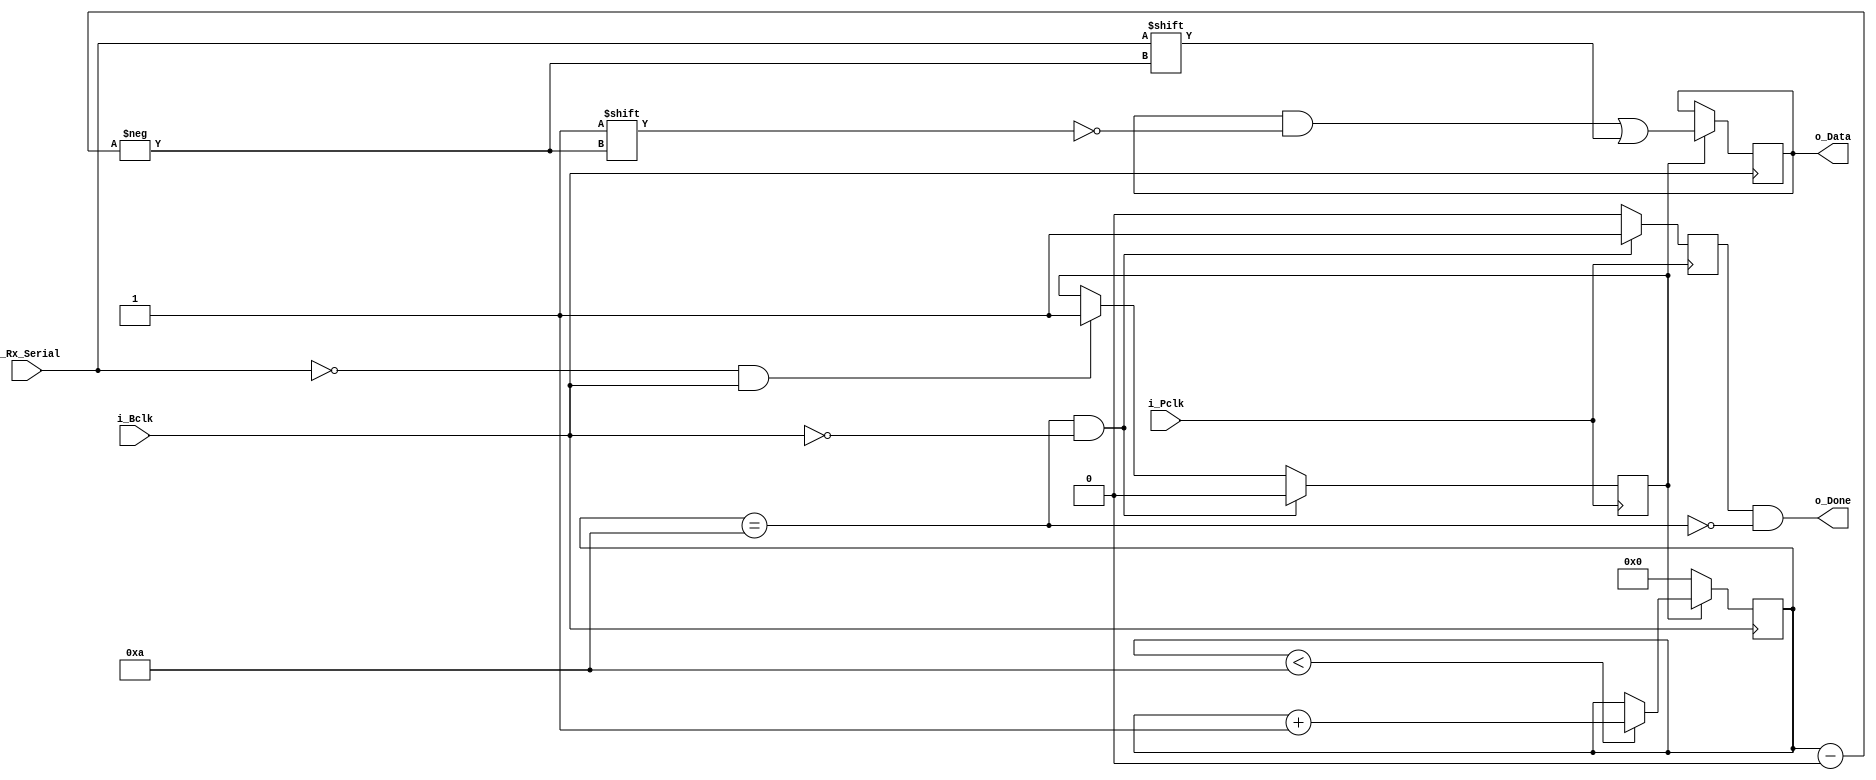
// Rx shift register

module rxshift(
  input             i_Pclk,
  input             i_Bclk,
  input             i_Rx_Serial,
  output            o_Done,
  output reg [10:0] o_Data
  );

  reg       r_Start     = 0;
  reg       r_Finish    = 0;
  reg [3:0] r_Bit_Index = 0;

  // control
  always @ (posedge i_Pclk) begin
    if (i_Rx_Serial == 0 && i_Bclk == 1) begin //start bit
      r_Start <= 1;
    end
    if (r_Bit_Index == 10 && !i_Bclk) begin // finish condition
      r_Start <= 0;
      r_Finish <= 1;
    end else begin
      r_Finish <= 0;
    end
  end

  // counter
  always @ (posedge i_Bclk) begin
    if (r_Start) begin
      if (r_Bit_Index < 10) begin
        r_Bit_Index <= r_Bit_Index + 1;
      end
    end else begin
      r_Bit_Index <= 0;
    end
  end

  // sampler
  always @ (negedge i_Bclk) begin
    if (r_Start) begin
      o_Data[r_Bit_Index] <= i_Rx_Serial;
    end
  end

assign o_Done = r_Finish & ~(r_Bit_Index == 10); // register edge detection

endmodule